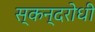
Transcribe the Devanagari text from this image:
स्कन्दरोधी